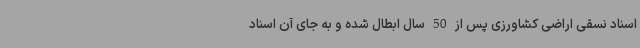
اسناد نسقی اراضی کشاورزی پس از 50 سال ابطال شده و به جای آن اسناد